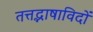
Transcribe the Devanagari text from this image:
तत्तद्भाषाविदों